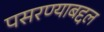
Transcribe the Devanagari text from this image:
पसरण्याबद्दल